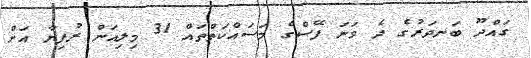
ގައްދޫ ބަނދަރުގެ ދެ ވަނަ ފޭސްގެ މަސައްކަތްތައް 31 މިލިއަން ރުފިޔާ އަށް